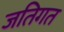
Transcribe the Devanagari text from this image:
जतिगत